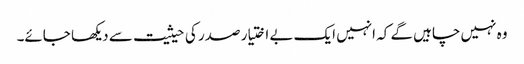
وہ نہیں چاہیں گے کہ انہیں ایک بے اختیار صدر کی حیثیت سے دیکھا جائے۔